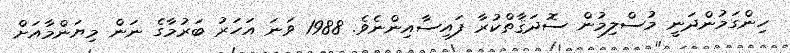
ހިންގަމުންދަނީ މުސްލިމުން ސޮދަޤާތްކުރާ ފައިސާއިންނެވެ. 1988 ވަނަ އަހަރު ބަރުމާގެ ނަން މިޔަންމާއަށް